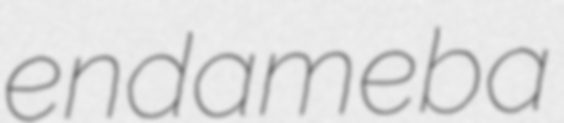
endameba